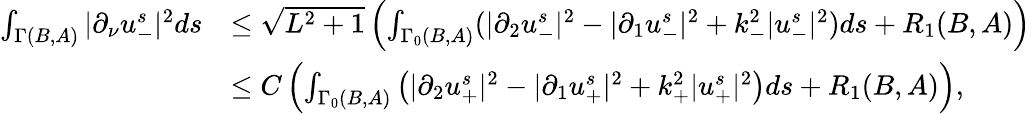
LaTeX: \begin{array}{rl}{\int_{\Gamma(B,A)}|\partial_{\nu}u_{-}^{s}|^{2}ds}&{\leq\sqrt{L^{2}+1}\left(\int_{\Gamma_{0}(B,A)}(|\partial_{2}u_{-}^{s}|^{2}-|\partial_{1}u_{-}^{s}|^{2}+k_{-}^{2}|u_{-}^{s}|^{2})ds+R_{1}(B,A)\right)}\\ &{\leq C\left(\int_{\Gamma_{0}(B,A)}\left(|\partial_{2}u_{+}^{s}|^{2}-|\partial_{1}u_{+}^{s}|^{2}+k_{+}^{2}|u_{+}^{s}|^{2}\right)ds+R_{1}(B,A)\right),}\end{array}